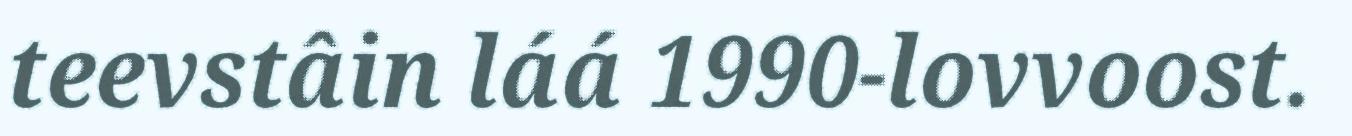
teevstâin láá 1990-lovvoost.